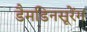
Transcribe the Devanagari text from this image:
डैमडिनसूरेंग